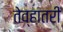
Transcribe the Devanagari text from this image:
तेव्हातरी